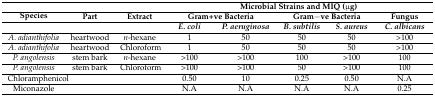
| <ROWSPAN=3> Species | <ROWSPAN=3> Part | <ROWSPAN=3> Extract | <COLSPAN=5> Microbial Strains and MIQ (μg) |
 | <COLSPAN=2> Gram+ve Bacteria | <COLSPAN=2> Gram−ve Bacteria | Fungus |
 | E. coli | P. aeruginosa | B. subtilis | S. aureus | C. albicans |
 | --- | --- | --- | --- | --- | --- | --- | --- |
 | A. adianthifolia | heartwood | n-hexane | 1 | 50 | 50 | 50 | >100 |
 | A. adianthifolia | heartwood | Chloroform | 1 | 50 | 50 | 50 | >100 |
 | P. angolensis | stem bark | n-hexane | >100 | >100 | 100 | >100 | 100 |
 | P. angolensis | stem bark | Chloroform | >100 | >100 | 50 | >100 | 100 |
 | Chloramphenicol |  |  | 0.50 | 10 | 0.25 | 0.50 | N.A |
 | Miconazole |  |  | N.A | N.A | N.A | N.A | 0.25 |